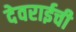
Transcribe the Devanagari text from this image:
देवराईची